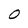
Character: O